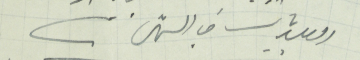
البلديات في الشمال